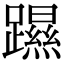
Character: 𨆰